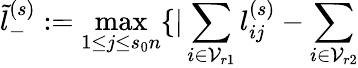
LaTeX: \tilde{l}_{-}^{(s)}:=\operatorname*{max}_{1\le j\le s_{0}n}\{ |\sum_{i\in\mathcal{V}_{r1}}l_{ij}^{(s)}-\sum_{i\in\mathcal{V}_{r2}}